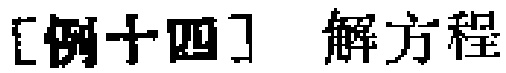
[例十四] 解方程